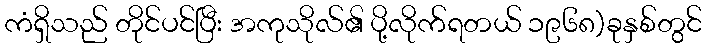
ကံရှိသည် တိုင်ပင်ပြီး အကုသိုလ်၏ ပို့လိုက်ရတယ် ၁၉၆၈)ခုနှစ်တွင်